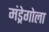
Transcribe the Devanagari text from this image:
मंड्रेगोला